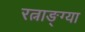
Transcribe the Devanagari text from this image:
रत्नाङ्ग्या